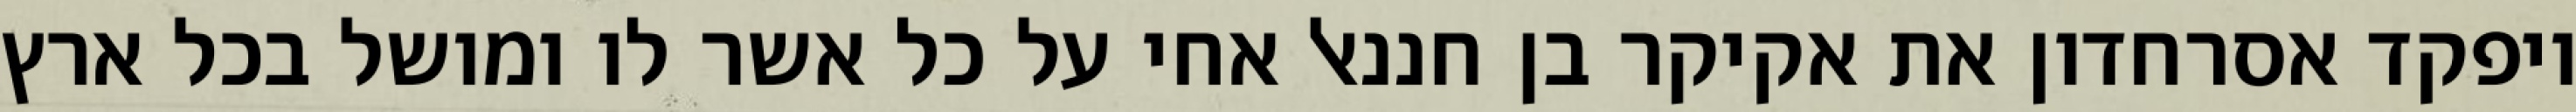
ויפקד אסרחדון את אקיקר בן חננאל אחי על כל אשר לו ומושל בכל ארץ